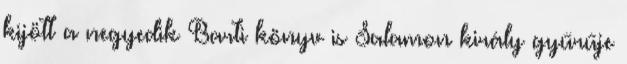
kijött a negyedik Barti könyv is Salamon király gyűrűje